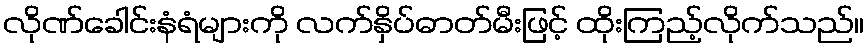
လိုဏ်ခေါင်းနံရံများကို လက်နှိပ်ဓာတ်မီးဖြင့် ထိုးကြည့်လိုက်သည်။